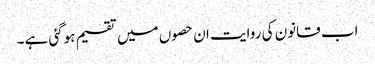
اب قانون کی روایت ان حصوں میں تقسیم ہوگئی ہے۔